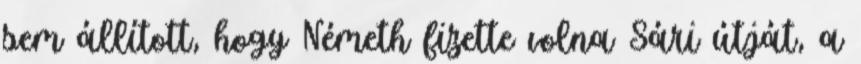
sem állított, hogy Németh fizette volna Sári útját, a